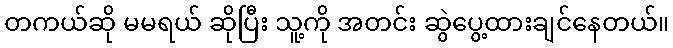
တကယ်ဆို မမရယ် ဆိုပြီး သူ့ကို အတင်း ဆွဲပွေ့ထားချင်နေတယ်။